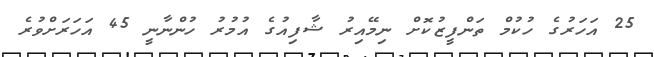
25 އަހަރުގެ ހުކުމް ތަންފީޒުކޮށް ނިމޭއިރު ޝާފިއުގެ އުމުރު ހުންނާނީ 45 އަހަރަށްވުރެ